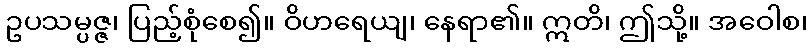
ဥပသမ္ပဇ္ဇ၊ ပြည့်စုံစေ၍။ ဝိဟရေယျ၊ နေရာ၏။ ဣတိ၊ ဤသို့။ အဝေါစ၊